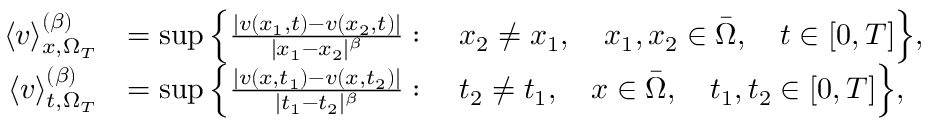
\begin{array} { r l } { \langle v \rangle _ { x , \Omega _ { T } } ^ { ( \beta ) } } & { = \operatorname* { s u p } \Big \{ \frac { | v ( x _ { 1 } , t ) - v ( x _ { 2 } , t ) | } { | x _ { 1 } - x _ { 2 } | ^ { \beta } } : \quad x _ { 2 } \neq x _ { 1 } , \quad x _ { 1 } , x _ { 2 } \in \bar { \Omega } , \quad t \in [ 0 , T ] \Big \} , } \\ { \langle v \rangle _ { t , \Omega _ { T } } ^ { ( \beta ) } } & { = \operatorname* { s u p } \Big \{ \frac { | v ( x , t _ { 1 } ) - v ( x , t _ { 2 } ) | } { | t _ { 1 } - t _ { 2 } | ^ { \beta } } : \quad t _ { 2 } \neq t _ { 1 } , \quad x \in \bar { \Omega } , \quad t _ { 1 } , t _ { 2 } \in [ 0 , T ] \Big \} , } \end{array}